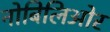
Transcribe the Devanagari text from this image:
नोबिलिओर